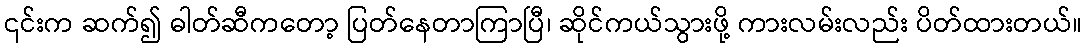
၎င်းက ဆက်၍ ဓါတ်ဆီကတော့ ပြတ်နေတာကြာပြီ၊ ဆိုင်ကယ်သွားဖို့ ကားလမ်းလည်း ပိတ်ထားတယ်။